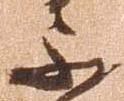
不